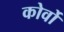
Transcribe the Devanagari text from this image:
कोर्वो